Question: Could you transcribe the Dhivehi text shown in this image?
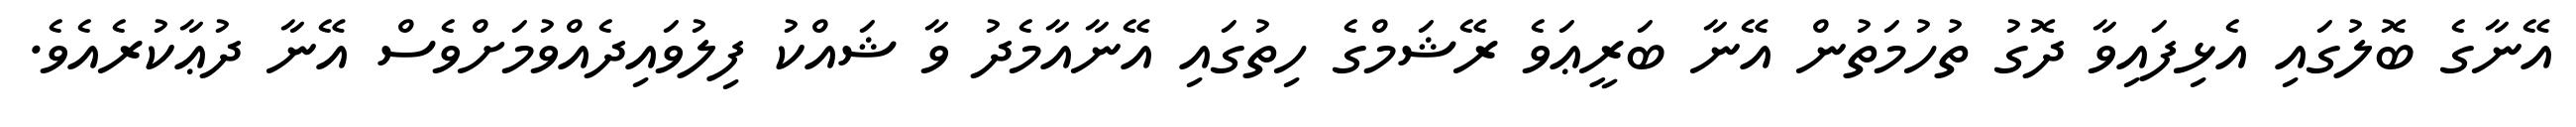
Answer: އޭނާގެ ބޮލުގައި އެޅިފައިވާ ދޮގު ތުހުމަތުން އޭނާ ބަރީޢަވެ ރޭޝަމްގެ ހިތުގައި އޭނާއާމެދު ވާ ޝައްކު ފިލުވައިދެއްވުމަށްވެސް އޭނާ ދުޢާކުރެއެވެ.